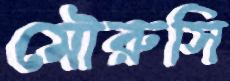
মৌরুসি